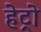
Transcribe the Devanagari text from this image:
हेट्रो